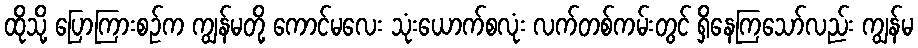
ထိုသို့ ပြောကြားစဉ်က ကျွန်မတို့ ကောင်မလေး သုံးယောက်စလုံး လက်တစ်ကမ်းတွင် ရှိနေကြသော်လည်း ကျွန်မ